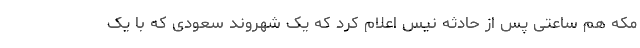
مکه هم ساعتی پس از حادثه نیس اعلام کرد که یک شهروند سعودی که با یک